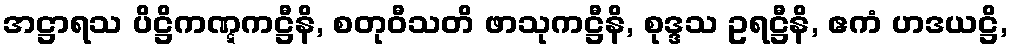
အဋ္ဌာရသ ပိဋ္ဌိကဏ္ဋကဋ္ဌီနိ, စတုဝီသတိ ဖာသုကဋ္ဌီနိ, စုဒ္ဒသ ဥရဋ္ဌီနိ, ဧကံ ဟဒယဋ္ဌိ,